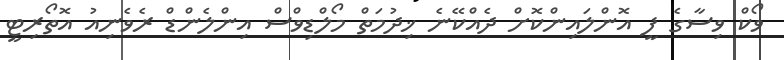
ވޯކް ވިސާގެ ފީ އޮންލައިންކޮށް ދެއްކޭނެ ޚިދުމަތް މޯލްޑިވްސް އިންލެންޑް ރެވެނިއު އޮތޯރިޓީ